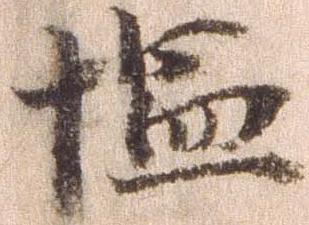
塩